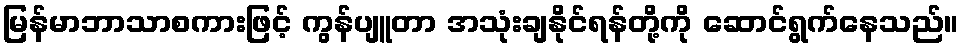
မြန်မာဘာသာစကားဖြင့် ကွန်ပျူတာ အသုံးချနိုင်ရန်တို့ကို ဆောင်ရွက်နေသည်။